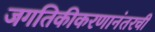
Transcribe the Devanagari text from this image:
जगतिकीकरणानंतरची